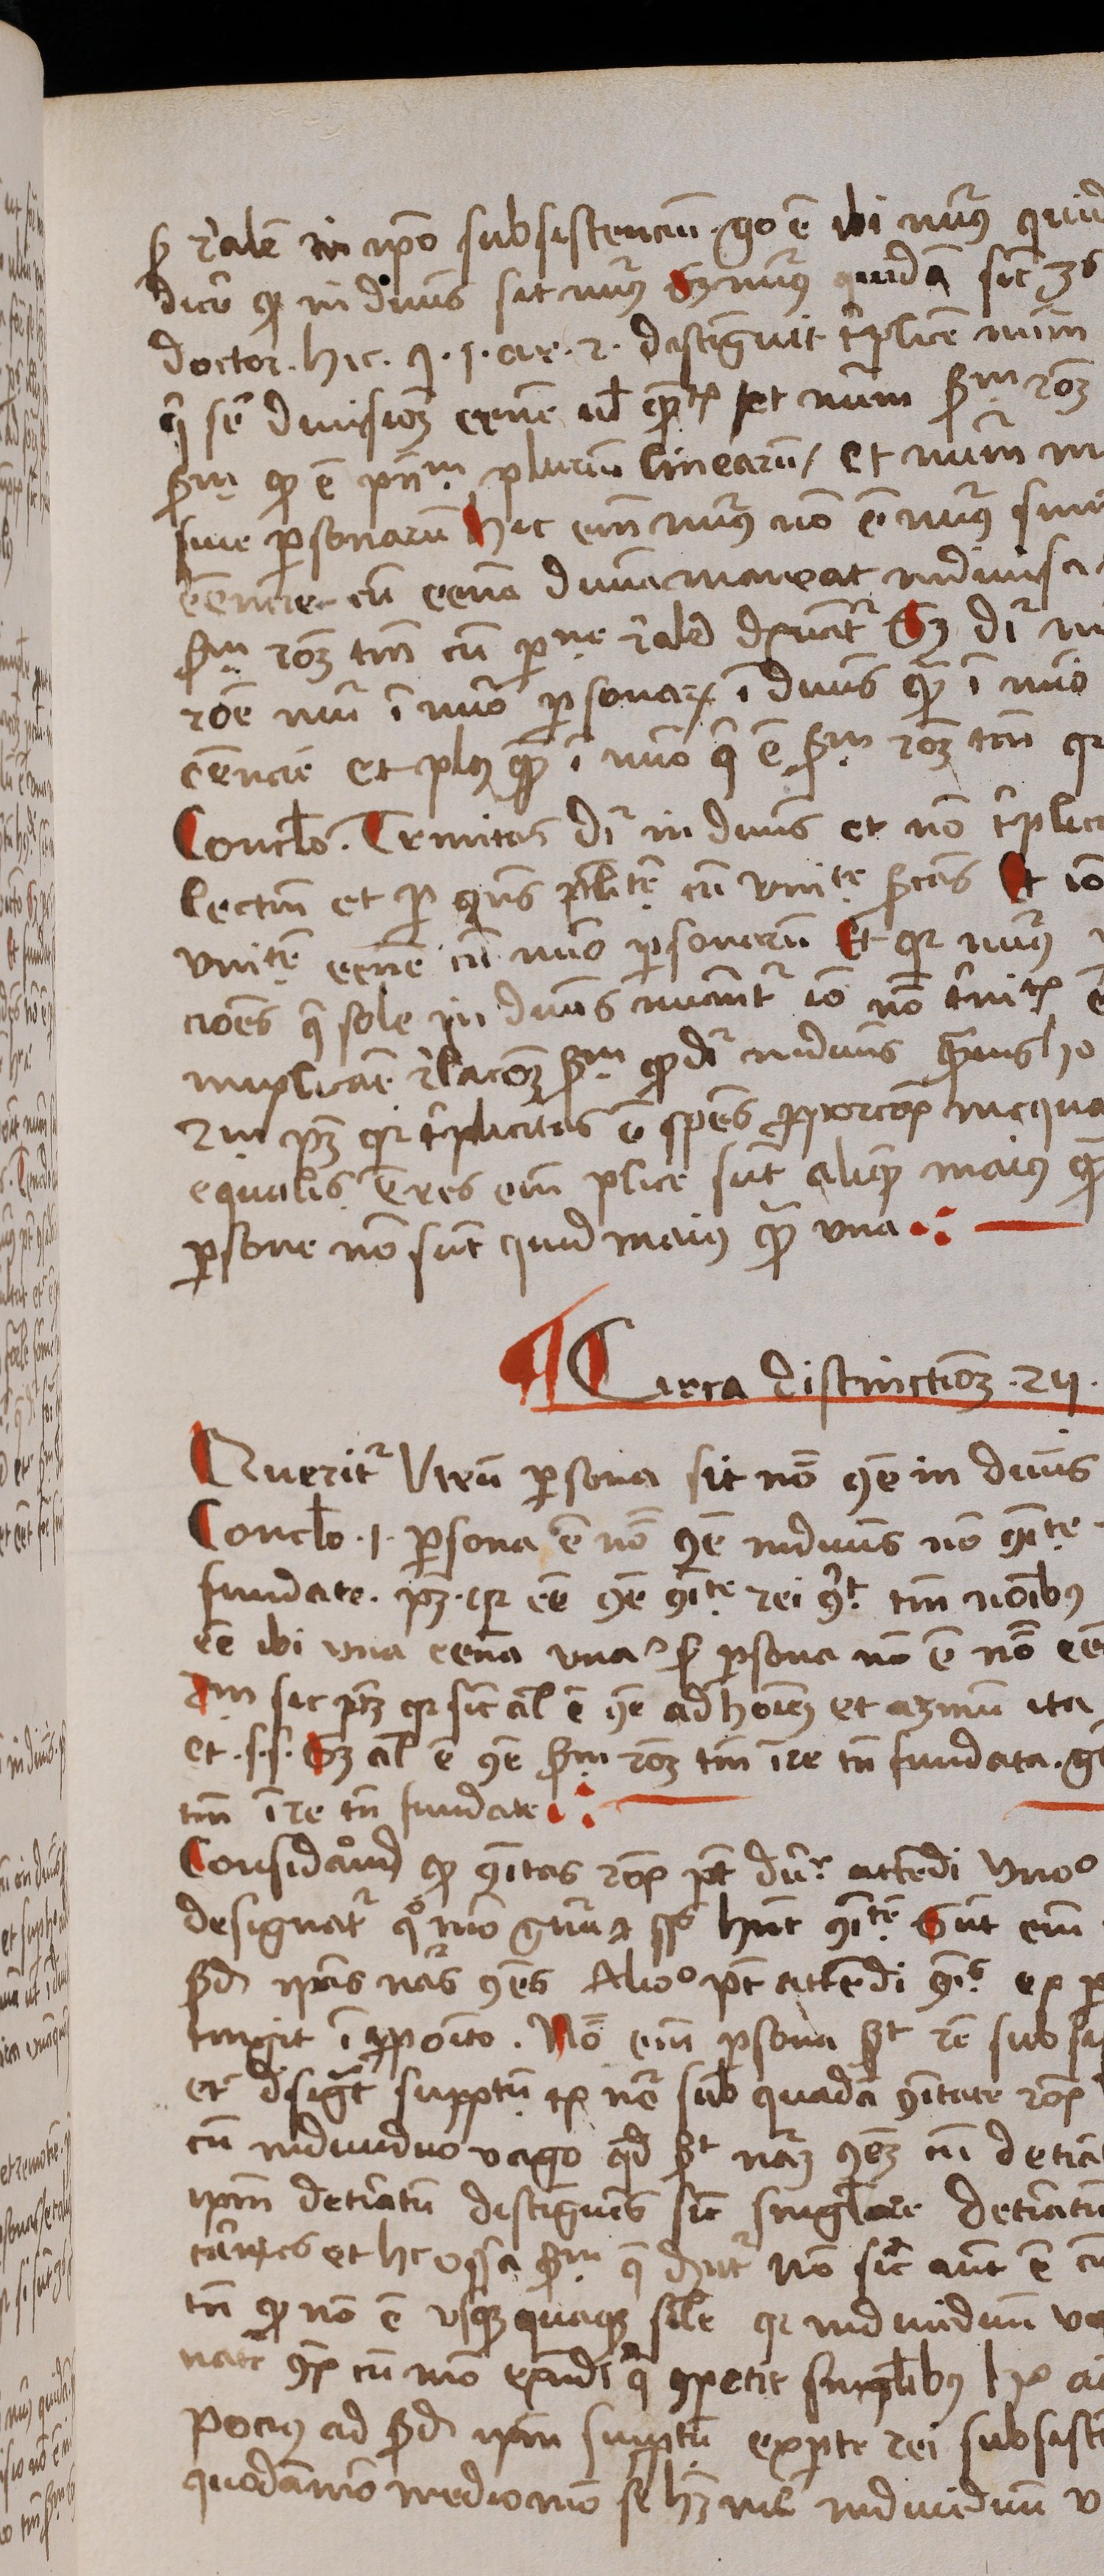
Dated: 1488–1488